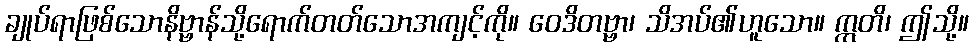
ချုပ်ရာဖြစ်သောနိဗ္ဗာန်သို့ရောက်တတ်သောအကျင့်ကို။ ဝေဒိတဗ္ဗာ၊ သိအပ်၏ဟူသော။ ဣတိ၊ ဤသို့။